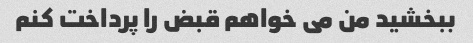
ببخشید من می خواهم قبض را پرداخت کنم